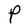
Character: P